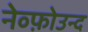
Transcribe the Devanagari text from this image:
नेव्फ़ोउन्द